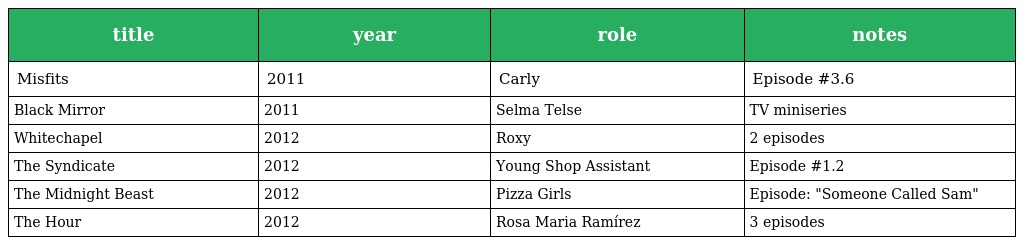
| title | year | role | notes |
 | --- | --- | --- | --- |
 | Misfits | 2011 | Carly | Episode #3.6 |
 | Black Mirror | 2011 | Selma Telse | TV miniseries |
 | Whitechapel | 2012 | Roxy | 2 episodes |
 | The Syndicate | 2012 | Young Shop Assistant | Episode #1.2 |
 | The Midnight Beast | 2012 | Pizza Girls | Episode: "Someone Called Sam" |
 | The Hour | 2012 | Rosa Maria Ramírez | 3 episodes |